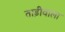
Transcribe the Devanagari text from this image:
ताड़ीवाला